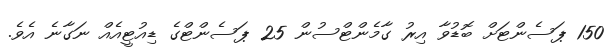
150 ޕަސެންޓަށް ބޮޑުވާ އިރު ގާމެންޓްސުން 25 ޕަސެންޓްގެ ޑިއުޓީއެއް ނަގާނެ އެވެ.